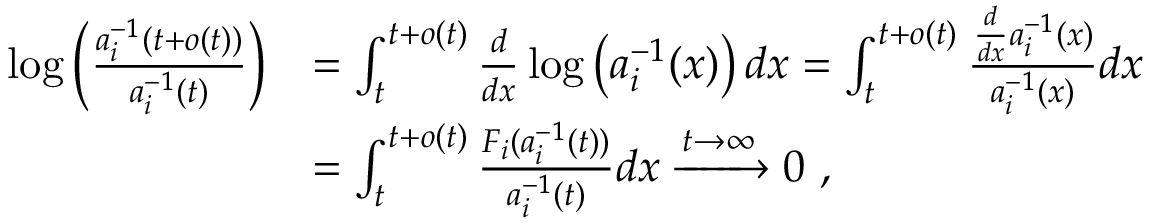
\begin{array} { r l } { \log \left( \frac { a _ { i } ^ { - 1 } ( t + o ( t ) ) } { a _ { i } ^ { - 1 } ( t ) } \right) } & { = \int _ { t } ^ { t + o ( t ) } \frac { d } { d x } \log \left( a _ { i } ^ { - 1 } ( x ) \right) d x = \int _ { t } ^ { t + o ( t ) } \frac { \frac { d } { d x } a _ { i } ^ { - 1 } ( x ) } { a _ { i } ^ { - 1 } ( x ) } d x } \\ & { = \int _ { t } ^ { t + o ( t ) } \frac { F _ { i } ( a _ { i } ^ { - 1 } ( t ) ) } { a _ { i } ^ { - 1 } ( t ) } d x \xrightarrow { t \to \infty } 0 \ , } \end{array}